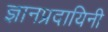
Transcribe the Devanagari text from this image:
ज्ञानप्रदायिनी